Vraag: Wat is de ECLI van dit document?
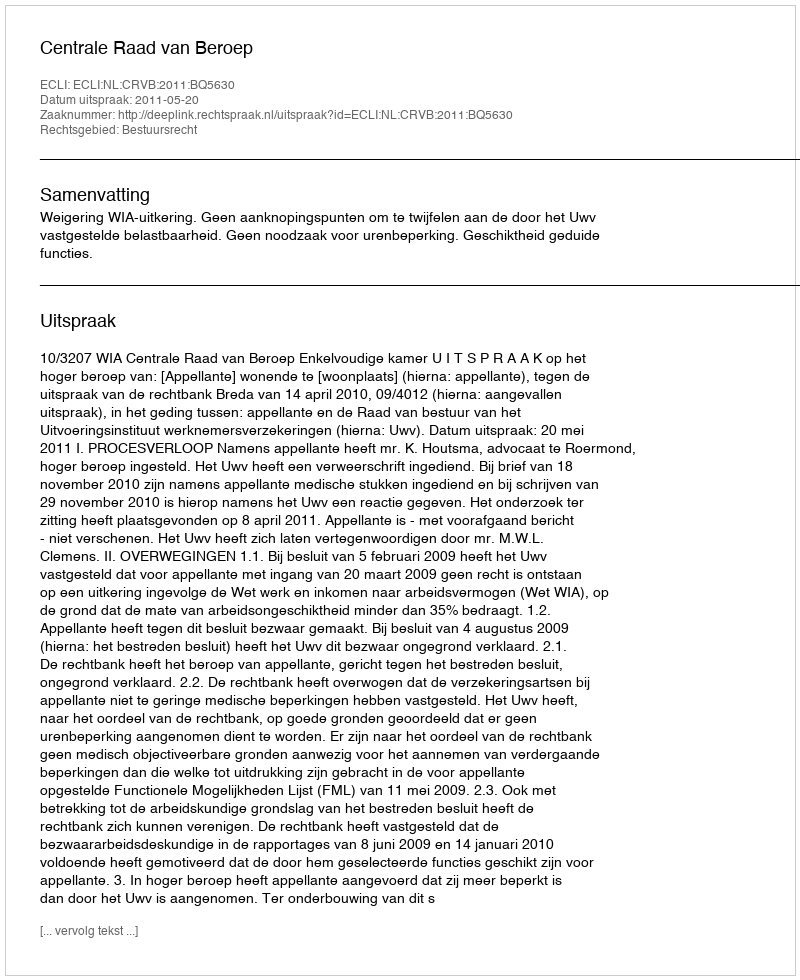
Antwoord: ECLI:NL:CRVB:2011:BQ5630